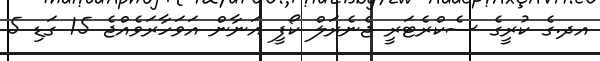
އދ.ގެ ކުރީގެ ސެކްރެޓަރީ ޖެނެރަލް ކޯފީ އަނާން އަވަހާރަވެއްޖެ 15 ގަޑި 5